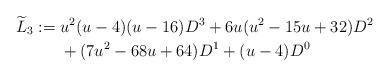
LaTeX: \begin{align*}\widetilde L_3:={}&u^2 (u - 4) (u - 16)D^3+6 u (u^2 - 15 u + 32)D^{2}\\&+(7 u^2 - 68 u + 64)D^{1}+(u-4)D^{0}\end{align*}